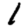
Digit: 1